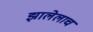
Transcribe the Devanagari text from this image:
झालेलाच